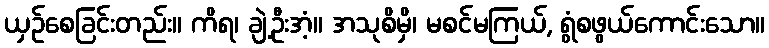
ယှဉ်စေခြင်းတည်း။ ကိရ၊ ချဲ့ဦးအံ့။ အသုစိမှိ၊ မစင်မကြယ်, ရွံစဖွယ်ကောင်းသော။